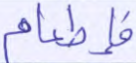
فإطعام